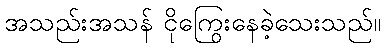
အသည်းအသန် ငိုကြွေးနေခဲ့သေးသည်။